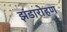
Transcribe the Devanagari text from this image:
झंडारोहण